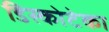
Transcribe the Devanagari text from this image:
डिस्कोटेका